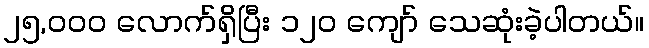
၂၅,၀၀၀ လောက်ရှိပြီး ၁၂၀ ကျော် သေဆုံးခဲ့ပါတယ်။